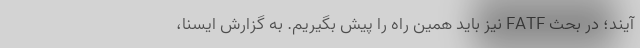
آیند؛ در بحث FATF نیز باید همین راه را پیش بگیریم. به گزارش ایسنا،